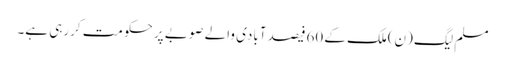
مسلم لیگ (ن)ملک کے 60فیصد آبادی والے صوبے پر حکومت کررہی ہے۔